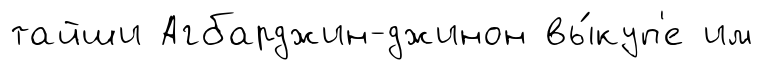
тайши Агбарджин-джинон вы́куп'е им